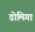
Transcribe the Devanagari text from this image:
डोमिगा